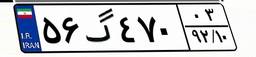
۵۶گ۴۷۰۰۳